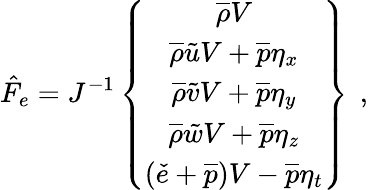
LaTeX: \hat{F}_{e}=J^{-1}\left\{ \begin{array}{c}{\overline{{\rho}}V}\\ {\overline{{\rho}}\tilde{u}V+\overline{{p}}\eta_{x}}\\ {\overline{{\rho}}\tilde{v}V+\overline{{p}}\eta_{y}}\\ {\overline{{\rho}}\tilde{w}V+\overline{{p}}\eta_{z}}\\ {\left(\check{e}+\overline{{p}}\right)V-\overline{{p}}\eta_{t}}\end{array}\right\} \, \mathrm{~,~}